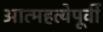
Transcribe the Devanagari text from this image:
आत्महत्येपूर्वी